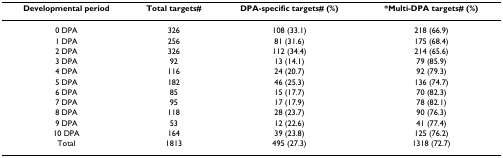
<table><thead><tr><td><b>Developmental period</b></td><td><b>Total targets#</b></td><td><b>DPA-specific targets# (%)</b></td><td><b>*Multi-DPA targets# (%)</b></td></tr></thead><tbody><tr><td>0 DPA</td><td>326</td><td>108 (33.1)</td><td>218 (66.9)</td></tr><tr><td>1 DPA</td><td>256</td><td>81 (31.6)</td><td>175 (68.4)</td></tr><tr><td>2 DPA</td><td>326</td><td>112 (34.4)</td><td>214 (65.6)</td></tr><tr><td>3 DPA</td><td>92</td><td>13 (14.1)</td><td>79 (85.9)</td></tr><tr><td>4 DPA</td><td>116</td><td>24 (20.7)</td><td>92 (79.3)</td></tr><tr><td>5 DPA</td><td>182</td><td>46 (25.3)</td><td>136 (74.7)</td></tr><tr><td>6 DPA</td><td>85</td><td>15 (17.7)</td><td>70 (82.3)</td></tr><tr><td>7 DPA</td><td>95</td><td>17 (17.9)</td><td>78 (82.1)</td></tr><tr><td>8 DPA</td><td>118</td><td>28 (23.7)</td><td>90 (76.3)</td></tr><tr><td>9 DPA</td><td>53</td><td>12 (22.6)</td><td>41 (77.4)</td></tr><tr><td>10 DPA</td><td>164</td><td>39 (23.8)</td><td>125 (76.2)</td></tr><tr><td>Total</td><td>1813</td><td>495 (27.3)</td><td>1318 (72.7)</td></tr></tbody></table>